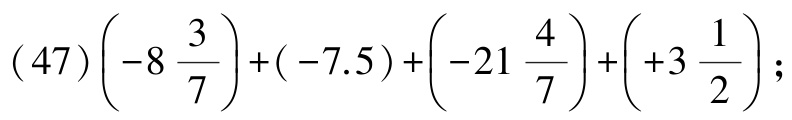
\((47)\left(-8\frac{3}{7}\right)+(-7.5)+\left(-21\frac{4}{7}\right)+\left(+3\frac{1}{2}\right);\)